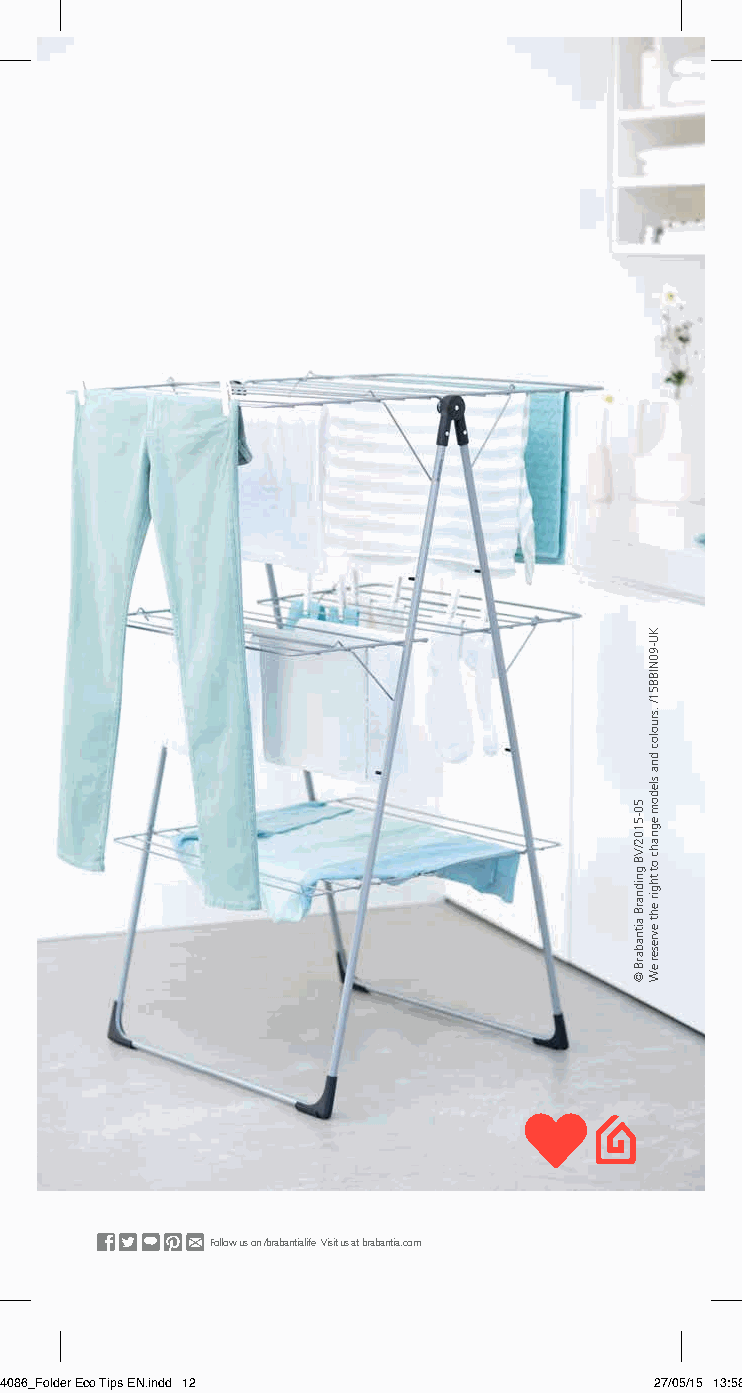
Follow us on /brabantialife Visit us at brabantia.com
 524086_Folder Eco Tips EN.indd 12          27/05/15 13:58
 50-5102/VB
 gnidnarB
 aitnabarB
 ©
 KU-90NIBB51/
 .sruoloc
 dna
 sledom
 egnahc
 ot
 thgir
 eht
 evreser
 eW